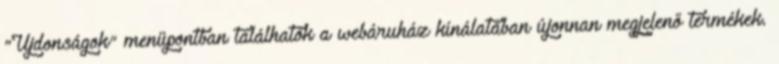
"Újdonságok" menüpontban találhatók a webáruház kínálatában újonnan megjelenő termékek.